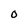
Character: O